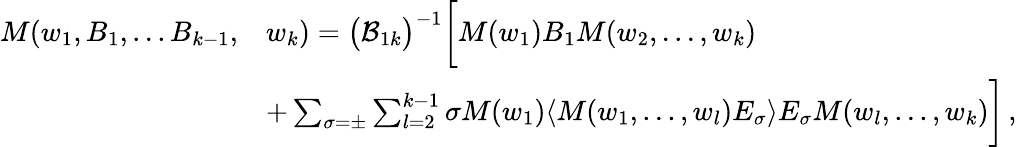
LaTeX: \begin{array}{rl}{M(w_{1},B_{1},...B_{k-1},}&{w_{k})=\big(\mathcal{B}_{1k}\big)^{-1}\bigg[M(w_{1})B_{1}M(w_{2},...,w_{k})}\\ &{+\sum_{\sigma=\pm}\sum_{l=2}^{k-1}\sigma M(w_{1})\langle M(w_{1},...,w_{l})E_{\sigma}\rangle E_{\sigma}M(w_{l},...,w_{k})\bigg]\, ,}\end{array}